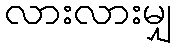
လားလားမျှ